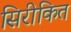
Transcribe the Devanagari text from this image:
सिरीकित